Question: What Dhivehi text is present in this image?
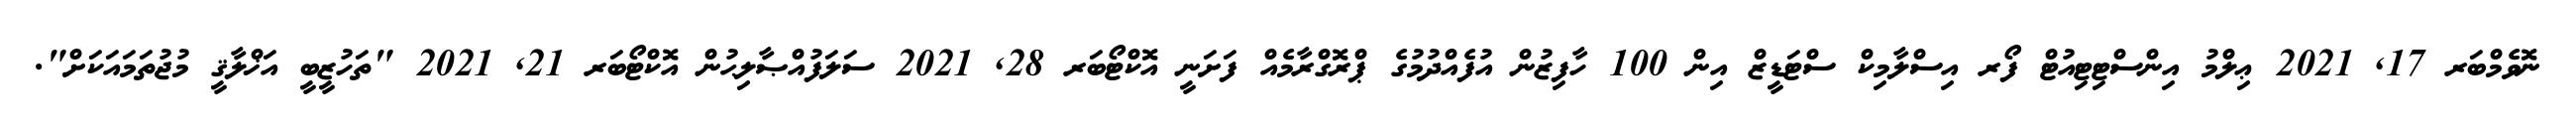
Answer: ނޮވެމްބަރ 17, 2021 ޢިލްމު އިންސްޓިޓިއުޓް ފޯރ އިސްލާމިކް ސްޓަޑީޒް އިން 100 ހާފިޒުން އުފެއްދުމުގެ ޕްރޮގްރާމެއް ފަށަނީ އޮކްޓޯބަރ 28, 2021 ސަލަފުއްޞާލިޙުން އޮކްޓޯބަރ 21, 2021 "ތަހުޒީބީ އަޚްލާޤީ މުޖުތަމައަކަށް".